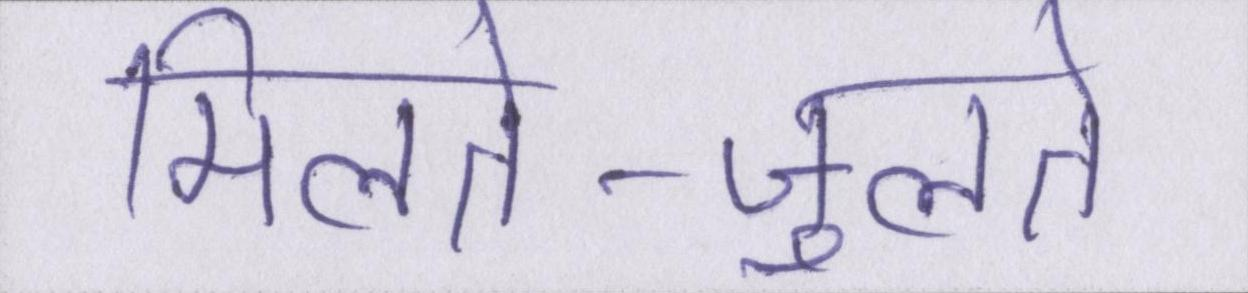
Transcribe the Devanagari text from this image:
मिलते-जुलते